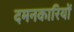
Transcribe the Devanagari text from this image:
दमनकारियों